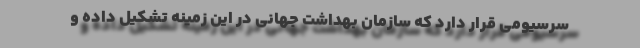
سرسیومی قرار دارد که سازمان بهداشت جهانی در این زمینه تشکیل داده و